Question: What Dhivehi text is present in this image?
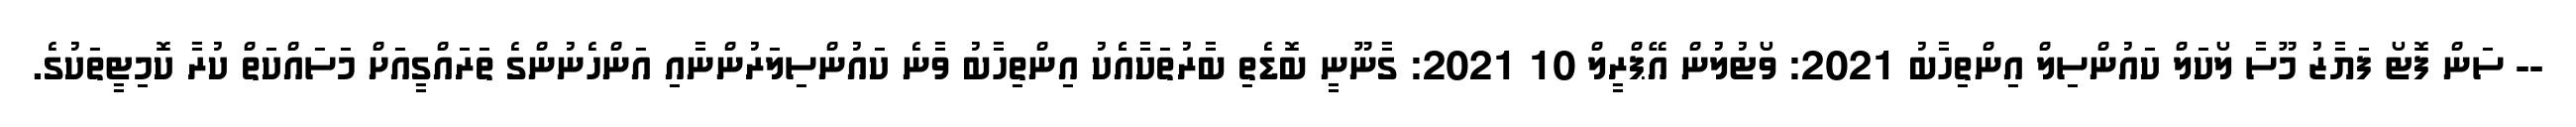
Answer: -- ސަން ފޮޓޯ ފަޔާޒު މޫސާ ލޯކަލް ކައުންސިލް އިންތިހާބު 2021: ވޯޓުލުން އޭޕްރީލް 10 2021: ގާނޫނީ ބޮޑެތި ބާރުތަކާއެެކު އިންތިހާބު ވާނެ ކައުންސިލަރުންނާއި އަންހެނުންގެ ތަރައްގީއަށް މަސައްކަތް ކުރާ ކޮމިޓީތަކުގެ.